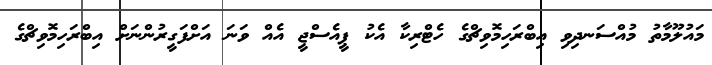
މައުލޫމާތު މުއްސަނދިވި އިބްރަހިމޮވިޗްގެ ހެޓްރިކާ އެކު ޕީއެސްޖީ އެއް ވަނަ އަށްފަގީރުންނަށް އިބްރަހިމޮވިޗްގެ